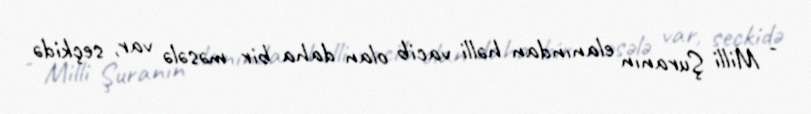
- Milli Şuranın elanından həlli vacib olan daha bir məsələ var, seçkidə